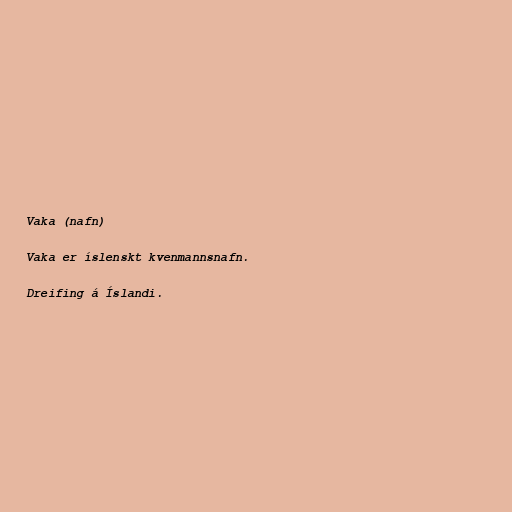
Vaka (nafn)

Vaka er íslenskt kvenmannsnafn.

Dreifing á Íslandi.